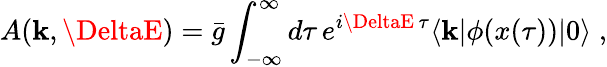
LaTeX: A(\mathbf{k},\DeltaE)=\bar{{g}}\int_{-\infty}^{\infty}d\tau\, e^{i\DeltaE\, \tau}\langle\mathbf{k}|\phi(x(\tau))|0\rangle\; ,